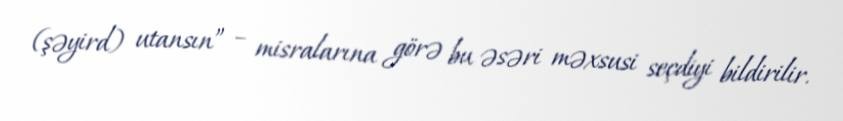
(şəyird) utansın” – misralarına görə bu əsəri məxsusi seçdiyi bildirilir.